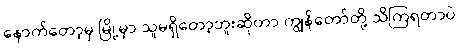
နောက်တော့မှ မြို့မှာ သူမရှိတော့ဘူးဆိုတာ ကျွန်တော်တို့ သိကြရတာပဲ